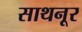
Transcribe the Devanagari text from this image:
साथनूर